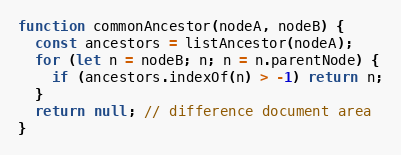
Language: JavaScript
function commonAncestor(nodeA, nodeB) {
  const ancestors = listAncestor(nodeA);
  for (let n = nodeB; n; n = n.parentNode) {
    if (ancestors.indexOf(n) > -1) return n;
  }
  return null; // difference document area
}